Mental hospitals Bombay report 1929-33 - 1929-1933
Year: 1929
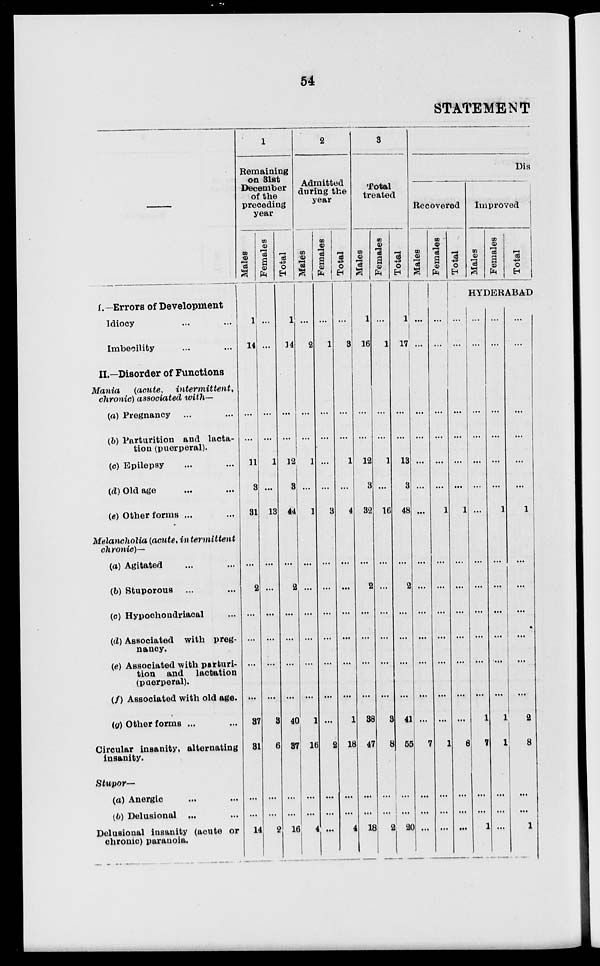
54
STATEMENT
I.—Errors of Development
Idiocy ... ...
Imbecility ... ...
II.—Disorder of Functions
Mania
(acute,
intermittent,
chronic) associated with—
(a) Pregnancy ... ...
(b) Parturition and lacta-
tion (puerperal).
(c) Epilepsy ... ...
(d) Old age ... ...
(e) Other forms ... ...
Melancholia (acute, intermittent
chronic)—
(a) Agitated ... ...
(b) Stuporous ... ...
(c) Hypochondriacal ...
(d) Associated with preg-
nancy.
(e) Associated with parturi-
tion and lactation
(puerperal).
(f) Associated with old age.
(g) Other forms ... ...
Circular insanity, alternating
insanity.
Stupor—
(a) Anergic ... ...
(b) Delusional ... ...
Delusional insanity (acute or
chronic) paranoia.
1
Remaining
on 31st
December
of the
preceding
year
Males
1
14
...
...
11
3
31
...
2
...
...
...
...
37
31
...
...
...
14
Females
...
...
...
...
1
...
13
...
...
...
...
...
...
3
6
...
...
...
2
Total
1
14
...
...
12
3
44
...
2
...
...
...
...
40
37
...
...
...
16
2
Admitted
during the
year
Males
...
2
...
...
1
...
1
...
...
...
...
...
...
1
16
...
...
4
Females
...
1
...
...
...
...
3
...
...
...
...
...
...
...
2
...
...
...
Total
...
3
...
...
1
...
4
...
...
...
...
...
...
1
18
...
...
4
3
Total
treated
Males
1
16
...
...
12
3
32
...
2
...
...
...
...
38
47
...
...
18
Females
...
1
...
...
1
...
16
...
...
...
...
...
...
3
8
...
...
2
Total
1
17
...
...
13
3
48
...
2
...
...
...
...
41
55
...
...
20
Dis
Recovered
Males
...
...
...
...
...
...
...
...
...
...
...
...
...
...
7
...
...
...
Females
...
...
...
...
...
...
1
...
...
...
...
...
...
...
1
...
...
...
Total
...
...
...
...
...
...
1
...
...
...
...
...
...
...
8
...
...
...
Improved
Males
Females
Total
HYDERABAD
...
...
...
...
...
...
...
...
...
...
...
...
...
1
7
...
...
1
...
...
...
...
...
...
1
...
...
...
...
...
...
1
1
...
...
...
...
...
...
...
...
...
1
...
...
...
...
...
...
2
8
...
...
1